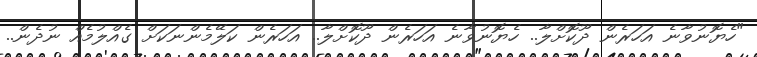
"ހެޔޮނުވާނެ އަހަރެން ދޫކޮށްލާ.. ހެޔޮނުވާނެ އަހަރެން ދޫކޮށްލާ.. އަހަރެން ކަލޭމެންނަކަށް ގެއްލުމެއް ނުދެން..